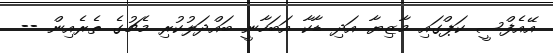
އޭއެފްސީ ކަޕްގައި މާޒިޔާ އަދި ޑާކާ އަބަހާނީ ބައްދަލުކުރި މެޗުގެ ތެރެއިން --